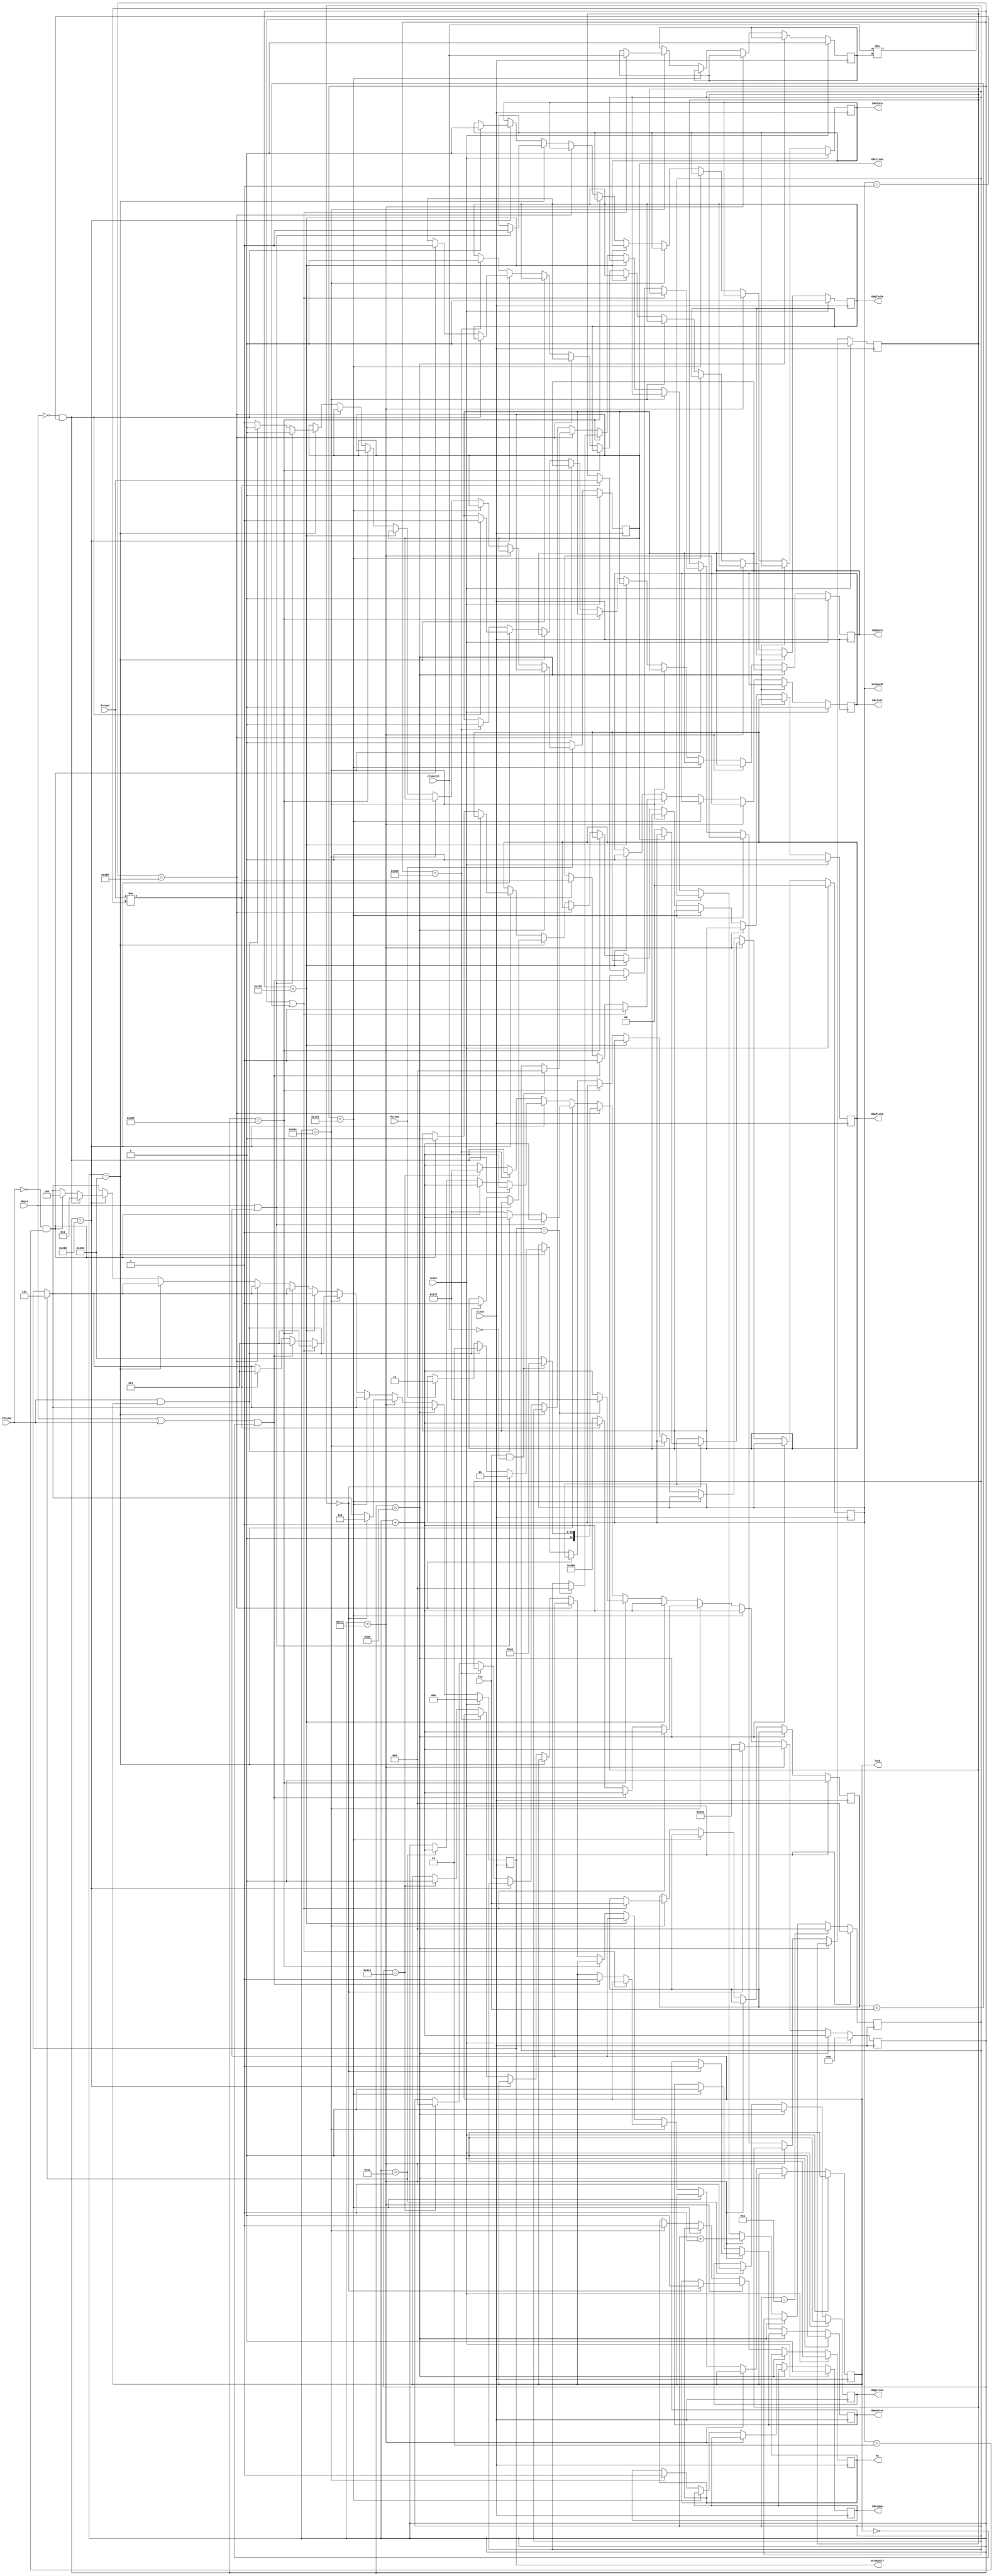
`timescale 1ns / 1ps
//////////////////////////////////////////////////////////////////////////////////
// Company: 
// Engineer: 
// 
// Design Name: 
// Module Name:    control 
// Project Name: 
// Target Devices: 
// Tool versions: 
// Description: 
//
// Dependencies: 
//
// Revision: 
// Revision 0.01 - File Created
// Additional Comments: 
//
//////////////////////////////////////////////////////////////////////////////////
module control(
	 input fin,
    input clock,
    input reset,
	 input Phora,
	 input Pfecha,
	 input Pcrono,
	 input cronoini,
	 input format,
    output reg ENchora,
    output reg ENcfecha,
    output reg ENccrono,
    output reg ENghora,
    output reg ENgfecha,
    output reg ENgcrono,
    output reg ENedatos,
	 output reg ENcinic,
	 output reg ENcompa,
	 output reg lock,
	 output reg [1:0]selmuxdt,
	 output reg [2:0]selmuxctr,
	 output reg hs
	
    );
reg [11:0]contador;
reg crini;
reg form;
reg [3:0]contEdatos;
reg finref;
always @(posedge clock)
	begin
	if (reset)
	begin
		hs<=0;
		finref<=0;
		ENchora<=0;
		ENcfecha<=0;
		ENccrono<=0;
		ENghora<=0;
		ENgfecha<=0;
		ENgcrono<=0;
		ENedatos<=0;
		ENcompa<=0;
		contador<=0;
		crini<=0;
		form<=0;
		ENcinic<=0;
		lock<=0;
		selmuxdt<=0;
		selmuxctr<=0;
		contEdatos<=0;
	end
	else
	begin
	if (contador==170)
		begin
		ENgcrono<=1;
		selmuxctr<=5;
		contador<=contador+1'b1;
		end
	if (contador==176)
		begin
		ENgcrono<=0;
		contador<=contador+1'b1;
		end
	else if (contador==370) // se extraen los datos del RTC
		begin
		if (contEdatos==0)
			begin 
			hs<=0;
			ENedatos<=1;
			selmuxctr<=2;
			if (ENccrono==0)selmuxdt<=0;
			contador<=contador+1'b1;
			end
		else contador<=820;
		contEdatos<=contEdatos+1'b1;
		end
		
		else if(contador==372)
		begin
		ENedatos<=0;
		contador<=contador+1'b1;
		end
	
	else if (contador==820) //se ve si existe algun cambio en el formato, cronometro o bloqueo
		begin
		hs<=1;
		ENcompa<=1;
		if (cronoini!=crini||finref<fin)
		begin
			ENcinic<=1;
			selmuxctr<=1;
			crini<=cronoini;
			finref<=fin;
			contador<=contador+1'b1;
		end
		else if ((Phora==1||Pfecha==1)&&lock==0)
		begin
		selmuxctr<=1;
		ENcinic<=1;
		lock<=1;
		contador<=contador+1'b1;
		end
		else if (format!=form)
		begin 
			ENcinic<=1;
			selmuxctr<=1;
			form<=format;
			contador<=contador+1'b1;
		end
		else contador<=864;
		end
		
		else if (contador==824)
		begin
		ENcinic<=0;
		contador<=contador+1'b1;
		end
		
		
		else if (contador==863)//se vuelve a obtener los datos si se modifico algo en bloque chcrfolo
			begin
			if (selmuxctr==1)
				begin
				contador<=370;
				contEdatos<=0;
				end
			else contador<=contador+1'b1;
			end
			
		else if (contador==864)//se reinicia el cronometro en caso de alcanzar el limite programado y desactivada la alarma
			begin
			if(fin==1&&cronoini==0)
				begin
				contador<=170;
				contEdatos<=0;
				end
			else contador<=1024;
			end
		
		else if(contador==1024)//se comprueba si se desea programar la hora, fecha o cronometro
		begin
			if (Phora==1&&lock==1)
				begin
				ENchora<=1;
				ENccrono<=0;
				selmuxdt<=1;
				contador<=contador+1'b1;
				end
			else if (Pfecha==1&&lock==1)
				begin
				ENcfecha<=1;
				ENccrono<=0;
				selmuxdt<=2;
				contador<=contador+1'b1;
				end
			else if (Pcrono==1)
				begin
				ENccrono<=1;
				selmuxdt<=3;
				contador<=370;
				end
			else contador<=370;
			
		end
			
		else if (contador==1026)//se guardan los cambios en caso de haber cambiado la hora o la fecha
		begin
		if (Phora==0&&selmuxdt==1)
			begin
			ENchora<=0;
			ENghora<=1;
			selmuxctr<=3;
			contador<=contador+1'b1;
			end
		else if(Pfecha==0&&selmuxdt==2)
			begin
			ENcfecha<=0;
			ENgfecha<=1;
			selmuxctr<=4;
			contador<=contador+1'b1;
			end
		
		end
		
		else if (contador==1028)
		begin
			ENghora<=0;
			ENgfecha<=0;
			contador<=contador+1'b1;
		end
		else if (contador==1230)//en caso de terminar de guardar, se vuelven al inicio
			begin
			lock<=0;
			contador<=370;
			contEdatos<=0;
			end
		
		else contador<=contador+1'b1;
		if (contEdatos==10)contEdatos<=0;
		if(Pcrono==0)ENccrono<=0;
		
	end
	
	end

endmodule